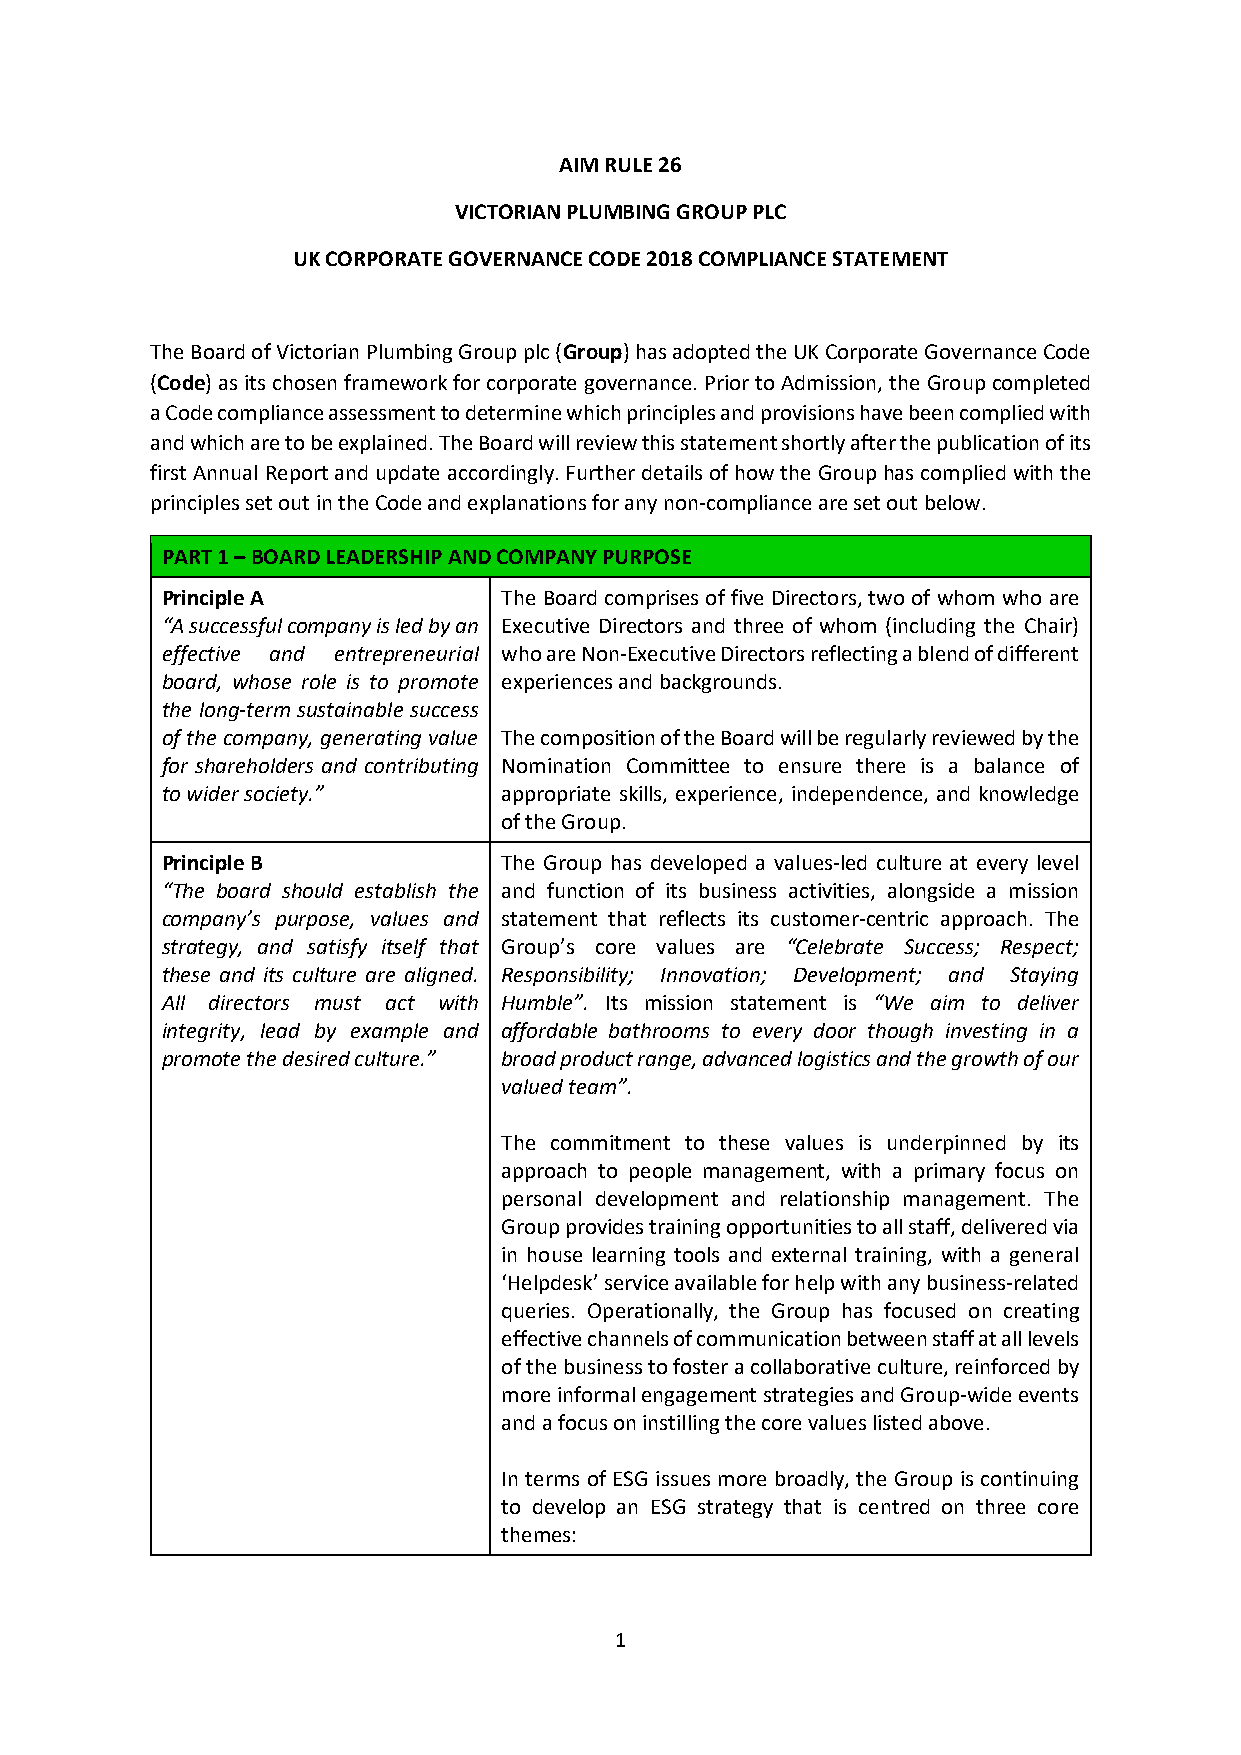
AIM RULE 26
 VICTORIAN PLUMBING GROUP PLC
 UK CORPORATE GOVERNANCE CODE 2018 COMPLIANCE STATEMENT
 The Board of Victorian Plumbing Group plc (Group) has adopted the UK Corporate Governance Code
 (Code) as its chosen framework for corporate governance. Prior to Admission, the Group completed
 a Code compliance assessment to determine which principles and provisions have been complied with
 and which are to be explained. The Board will review this statement shortly after the publication of its
 first Annual Report and update accordingly. Further details of how the Group has complied with the
 principles set out in the Code and explanations for any non-compliance are set out below.
 PART 1 – BOARD LEADERSHIP AND COMPANY PURPOSE
 Principle A           The Board comprises of five Directors, two of whom who are
 “A successful company is led by an Executive Directors and three of whom (including the Chair)
 effective and entrepreneurial who are Non-Executive Directors reflecting a blend of different
 board, whose role is to promote experiences and backgrounds.
 the long-term sustainable success
 of the company, generating value The composition of the Board will be regularly reviewed by the
 for shareholders and contributing Nomination Committee to ensure there is a balance of
 to wider society.”    appropriate skills, experience, independence, and knowledge
 of the Group.
 Principle B           The Group has developed a values-led culture at every level
 “The board should establish the and function of its business activities, alongside a mission
 company’s purpose, values and statement that reflects its customer-centric approach. The
 strategy, and satisfy itself that Group’s core values are “Celebrate Success; Respect;
 these and its culture are aligned. Responsibility; Innovation; Development; and Staying
 All directors must act with Humble”. Its mission statement is “We aim to deliver
 integrity, lead by example and affordable bathrooms to every door though investing in a
 promote the desired culture.” broad product range, advanced logistics and the growth of our
 valued team”.
 The commitment to these values is underpinned by its
 approach to people management, with a primary focus on
 personal development and relationship management. The
 Group provides training opportunities to all staff, delivered via
 in house learning tools and external training, with a general
 ‘Helpdesk’ service available for help with any business-related
 queries. Operationally, the Group has focused on creating
 effective channels of communication between staff at all levels
 of the business to foster a collaborative culture, reinforced by
 more informal engagement strategies and Group-wide events
 and a focus on instilling the core values listed above.
 In terms of ESG issues more broadly, the Group is continuing
 to develop an ESG strategy that is centred on three core
 themes:
 1